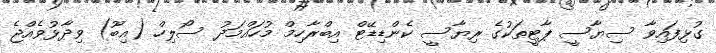
ގުޅިފައިވާ ސިޔާސީ ޕާޓީތަކުގެ ރިޔާސީ ކެންޑިޑޭޓް އިބްރާހިމް މުހައްމަދު ސޯލިހް (އިބޫ) ވިދާޅުވެއްޖެ